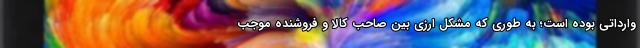
وارداتی بوده است؛ به طوری که مشکل ارزی بین صاحب کالا و فروشنده موجب